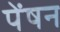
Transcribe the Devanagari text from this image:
पेंषन